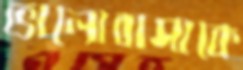
ভালোবাসাকে